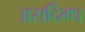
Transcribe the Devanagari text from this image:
असदिग्ध